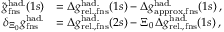
\begin{array} { r l } { \tilde { g } _ { \mathrm { f n s } } ^ { \mathrm { h a d . } } ( 1 s ) } & { = \Delta { g } _ { \mathrm { r e l . , f n s } } ^ { \mathrm { h a d . } } ( 1 s ) - \Delta { g } _ { \mathrm { a p p r o x , f n s } } ^ { \mathrm { h a d . } } ( 1 s ) \, , } \\ { \delta _ { \Xi _ { 0 } } g _ { \mathrm { f n s } } ^ { \mathrm { h a d . } } } & { = \Delta { g } _ { \mathrm { r e l . , f n s } } ^ { \mathrm { h a d . } } ( 2 s ) - \Xi _ { 0 } \, \Delta { g } _ { \mathrm { r e l . , f n s } } ^ { \mathrm { h a d . } } ( 1 s ) \, , } \end{array}